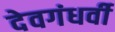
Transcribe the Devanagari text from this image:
देवगंधर्वी